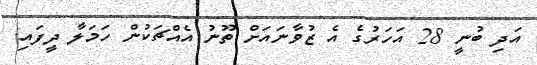
އަދި ބުނީ 28 އަހަރުގެ އެ ޒުވާނައަށް ތޫނު އެއްޗަކުން ހަމަލާ ދީފައި